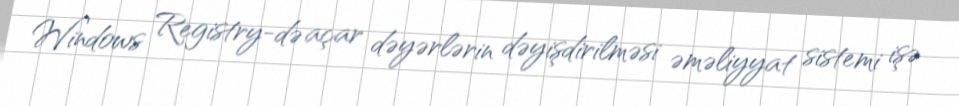
Windows Registry-də açar dəyərlərin dəyişdirilməsi əməliyyat sistemi işə